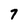
Character: 7